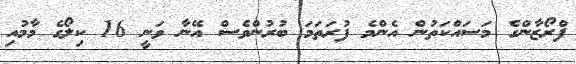
ފްރޯޒާންގެ މަސައްކަތުން އެންމެ ފުރަތަމަ ބުރުންވެސް އޭނާ ވަނީ 16 ކިލޯގެ މާމުއި